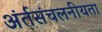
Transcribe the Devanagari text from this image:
अंर्तसंचलनीयता